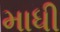
માધી